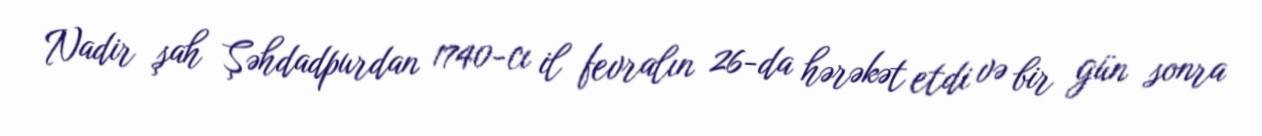
Nadir şah Şəhdadpurdan 1740-cı il fevralın 26-da hərəkət etdi və bir gün sonra